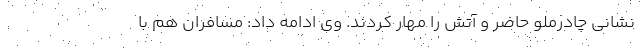
نشانی چادرملو حاضر و آتش را مهار کردند. وی ادامه داد: مسافران هم با